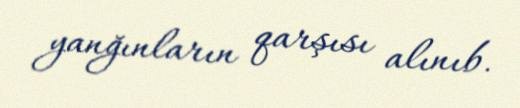
yanğınların qarşısı alınıb.